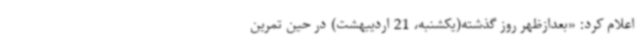
اعلام کرد: «بعدازظهر روز گذشته(یکشنبه، 21 اردیبهشت) در حین تمرین